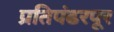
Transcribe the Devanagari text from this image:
प्रतिपंढरपूर